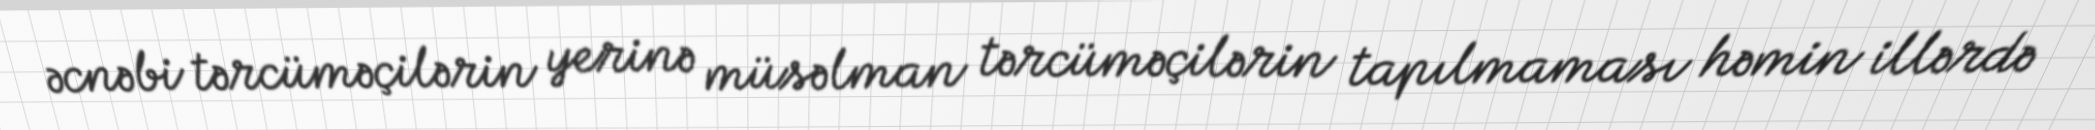
əcnəbi tərcüməçilərin yerinə müsəlman tərcüməçilərin tapılmaması həmin illərdə